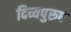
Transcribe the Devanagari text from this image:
दिव्यपुरुष